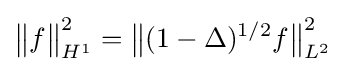
{\big \|}f{\big \|}_{H^{1}}^{2}={\big \|}(1-\Delta )^{1/2}f{\big \|}_{L^{2}}^{2}